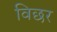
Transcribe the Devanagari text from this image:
विछर